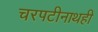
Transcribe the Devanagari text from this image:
चरपटीनाथही